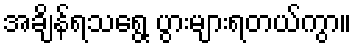
အချိန်ရသရွေ့ ပွားများရတယ်ကွာ။